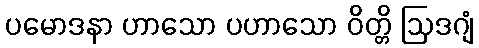
ပမောဒနာ ဟာသော ပဟာသော ဝိတ္တိ ဩဒဂျံ